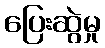
ပြေးဆွဲမှု